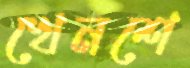
খেনশে